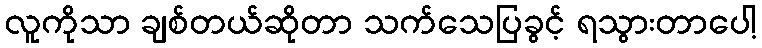
လူကိုသာ ချစ်တယ်ဆိုတာ သက်သေပြခွင့် ရသွားတာပေါ့